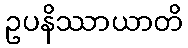
ဥပနိဿာယာတိ